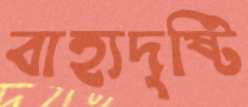
বাহ্যদৃষ্টি